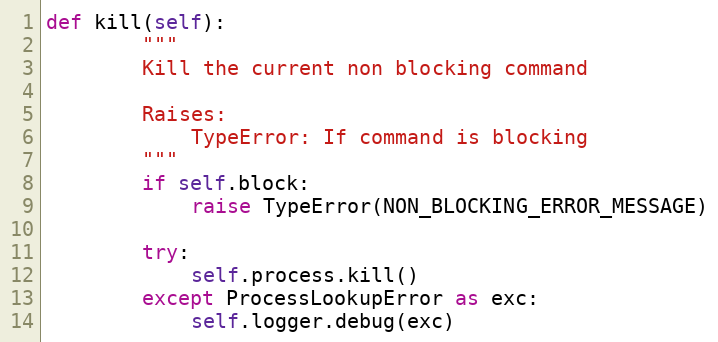
Language: Python
def kill(self):
        """
        Kill the current non blocking command

        Raises:
            TypeError: If command is blocking
        """
        if self.block:
            raise TypeError(NON_BLOCKING_ERROR_MESSAGE)

        try:
            self.process.kill()
        except ProcessLookupError as exc:
            self.logger.debug(exc)